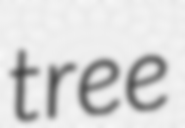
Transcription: tree